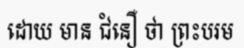
ដោយ មាន ជំនឿ ថា ព្រះបរម